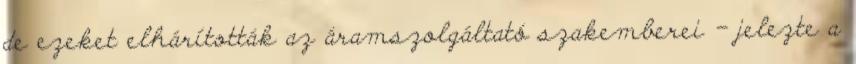
de ezeket elhárították az áramszolgáltató szakemberei - jelezte a